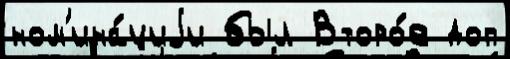
ном'ина́циjи был Второ́е доп